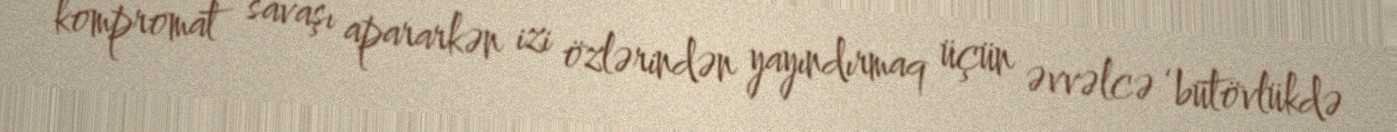
kompromat savaşı apararkən izi özlərindən yayındırmaq üçün əvvəlcə ‘bütövlükdə